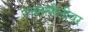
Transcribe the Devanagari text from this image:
रचनाशैलीवर